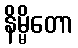
နိမ္မိတော